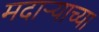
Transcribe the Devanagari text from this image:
मदाऱ्याच्या